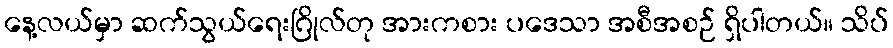
နေ့လယ်မှာ ဆက်သွယ်ရေးဂြိုလ်တု အားကစား ပဒေသာ အစီအစဉ် ရှိပါတယ်။ သိပ်